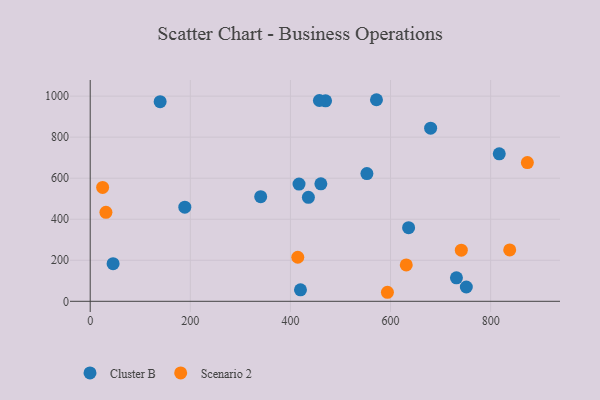
{"axis": {"x": "Price", "y": "Salary"}, "legend": ["Cluster B", "Scenario 2"], "data": [{"x": "470.2", "y": 977.1, "type": "Cluster B"}, {"x": "751.4", "y": 69.6, "type": "Cluster B"}, {"x": "189.0", "y": 458.9, "type": "Cluster B"}, {"x": "731.7", "y": 114.5, "type": "Cluster B"}, {"x": "552.8", "y": 622.4, "type": "Cluster B"}, {"x": "457.9", "y": 978.7, "type": "Cluster B"}, {"x": "435.9", "y": 506.9, "type": "Cluster B"}, {"x": "139.7", "y": 972.8, "type": "Cluster B"}, {"x": "817.2", "y": 718.5, "type": "Cluster B"}, {"x": "45.7", "y": 183.4, "type": "Cluster B"}, {"x": "340.6", "y": 510.1, "type": "Cluster B"}, {"x": "680.1", "y": 843.9, "type": "Cluster B"}, {"x": "460.8", "y": 572.7, "type": "Cluster B"}, {"x": "420.1", "y": 55.9, "type": "Cluster B"}, {"x": "571.9", "y": 982.4, "type": "Cluster B"}, {"x": "417.2", "y": 571.5, "type": "Cluster B"}, {"x": "636.1", "y": 358.9, "type": "Cluster B"}, {"x": "593.8", "y": 44.0, "type": "Scenario 2"}, {"x": "838.1", "y": 250.6, "type": "Scenario 2"}, {"x": "741.4", "y": 249.2, "type": "Scenario 2"}, {"x": "631.4", "y": 177.1, "type": "Scenario 2"}, {"x": "414.7", "y": 214.8, "type": "Scenario 2"}, {"x": "31.4", "y": 433.4, "type": "Scenario 2"}, {"x": "873.4", "y": 676.2, "type": "Scenario 2"}, {"x": "24.8", "y": 555.1, "type": "Scenario 2"}]}